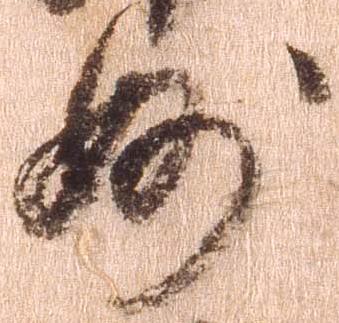
妙